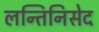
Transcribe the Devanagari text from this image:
लन्तिनिसेद